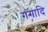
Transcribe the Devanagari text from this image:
गंगादि